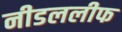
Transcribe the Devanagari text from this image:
नीडललीफ